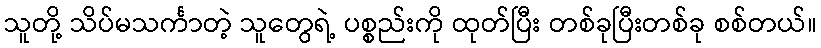
သူတို့ သိပ်မသင်္ကာတဲ့ သူတွေရဲ့ ပစ္စည်းကို ထုတ်ပြီး တစ်ခုပြီးတစ်ခု စစ်တယ်။